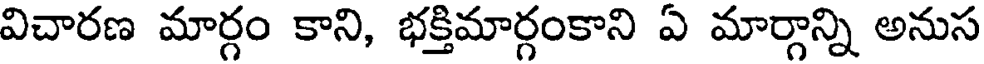
విచారణ మార్గం కాని, భక్తిమార్గంకాని ఏ మార్గాన్ని అనుస